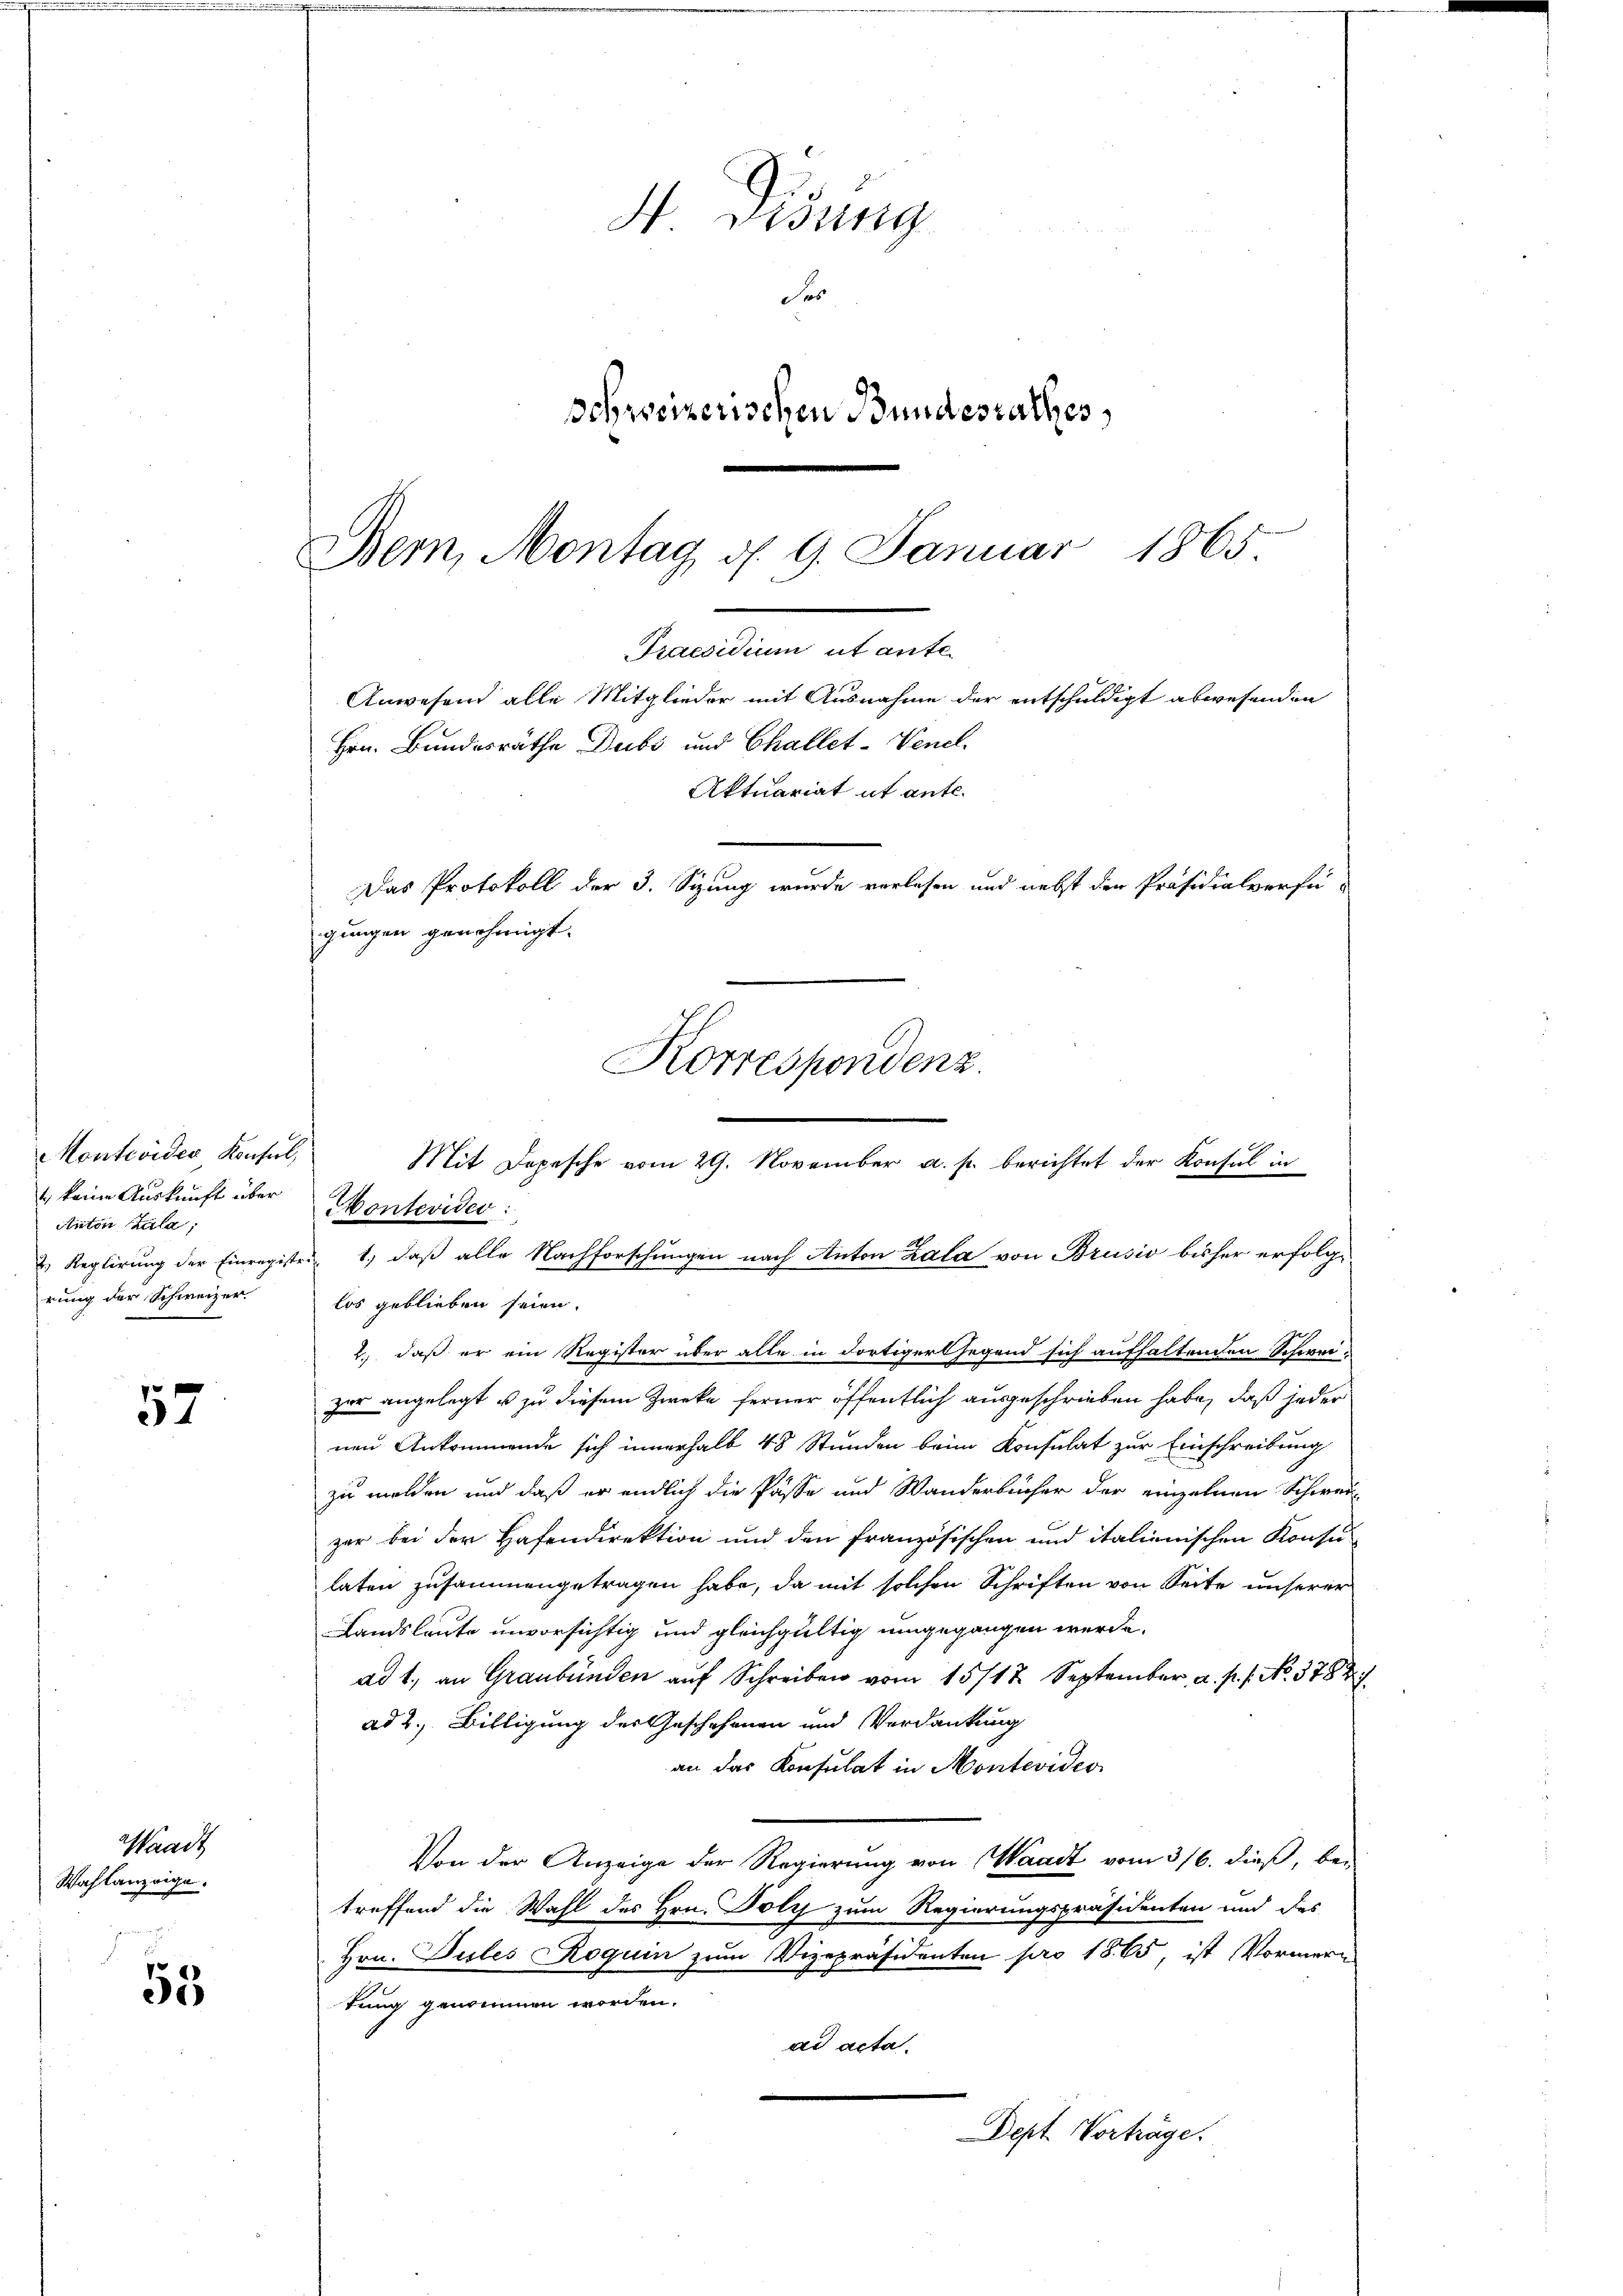
57

Waadt
Wohlanzeige.

53

Montevides Konsul,
 keine Auskunft über
Anton Zula,
2. Reglirung der Einregistr
rung der Schweizer

4 Didung
Sas
schweizerischen Bundesrathes,

Bern, Montag d. 9. Januar 1865.
Praesidium ut ante
Anwesend alle Mitglieder mit Ausnahme der entschuldigt abwesenden
Hrn. Bundesräthe Dubs und Challet-Venel
Aktuariat it ante.
-
Das Protokoll der 3. Sizung wurde verlesen und nebst der Präsidialverfü-
gungen genehmigt.
Korrespondenz.
.

Mit Depesche vom 29. November a. p. berichtet der Konsul in
 1., daß alle Nachforschungen nach Anton Zala von Brusio bisher erfolglos geblieben seien.
2.) daß er ein Register über alle in dortiger Gegend sich aufhaltenden Schweizur angelegt u zu diesem Zwecke ferner öffentlich ausgeschrieben habe, daß jeder
nen Ankommende sich innerhalb 48 Stunden beim Konsulat zur Einschreibung
zu melden und daß er endlich die Pässe und Wanderbücher der einzelnen Schweil
zar bei der Hafendirektion und den französischen und italienischen Konsu
laten zusammengetragen habe, da mit solchen Schriften von Seite unserer
Landsleute unvorsichtig und gleichgültig umgegangen werde.
ad 1., an Graubünden auf Schreiben vom 15/12. September, a. p. 1. No. 3787
ad 2., Billigung des Geschehenen und Verdankung
an das Konsulat in Montevideo
Von der Anzeige der Regierung von Waadt vom 3/6. dieß, be-
treffend die Wahl des Hrn. Poly zum Regierungspräsidenten und des
Hrn. Jules Roquin zum Vizepräsidenten pro 1865, ist Vormern
tung genommen worden.
B
ad acta.
Dept Vorträge.

Monteviden: